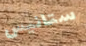
ستانيس